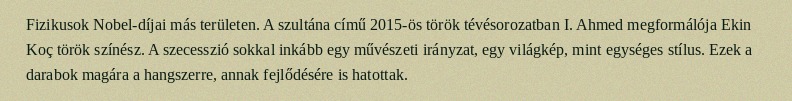
Fizikusok Nobel-díjai más területen. A szultána című 2015-ös török tévésorozatban I. Ahmed megformálója Ekin Koç török színész. A szecesszió sokkal inkább egy művészeti irányzat, egy világkép, mint egységes stílus. Ezek a darabok magára a hangszerre, annak fejlődésére is hatottak.